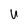
Character: u